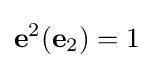
\mathbf {e} ^{2}(\mathbf {e} _{2})=1